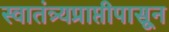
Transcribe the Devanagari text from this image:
स्वातंत्र्यप्राप्तीपासून